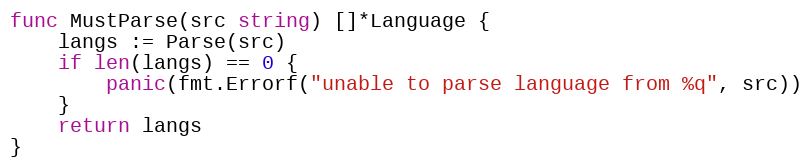
Language: Go
func MustParse(src string) []*Language {
	langs := Parse(src)
	if len(langs) == 0 {
		panic(fmt.Errorf("unable to parse language from %q", src))
	}
	return langs
}